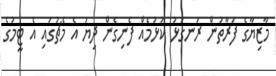
މާޒިޔާގެ ފަރާތުން ރަނގަޅު ކުޅުމެއް ފެނިގެން ދިޔަ އެ މެޗުގައި އެ ޓީމުގެ